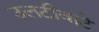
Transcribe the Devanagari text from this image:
उलटीवाटे